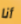
أنا